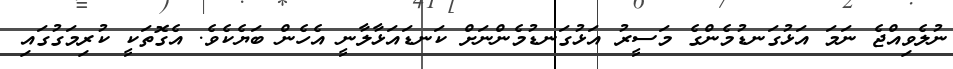
ނުލެވިއްޖެ ނަމަ އަޅުގަނޑުމެންގެ މަސީރު އަޅުގަނޑުމެންނަށް ކަނޑައަޅާލާނީ އެހެން ބަޔެކެވެ. އެގޮތަކީ ކުރިމަގުގައި